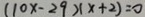
( 1 0 x - 2 9 ) ( x + 2 ) = 0